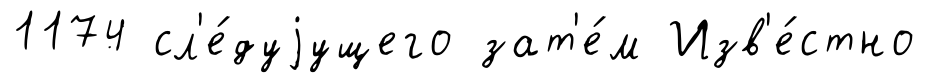
1174 сл'е́дуjущего зат'е́м Изв'е́стно